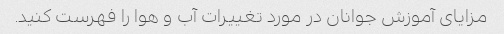
مزایای آموزش جوانان در مورد تغییرات آب و هوا را فهرست کنید.